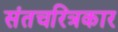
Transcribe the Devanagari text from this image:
संतचरित्रकार